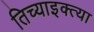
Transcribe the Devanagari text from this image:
तिच्याइक्त्या